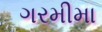
ગરમીમા